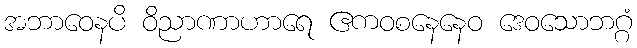
အဘာဝေနပိ ဝိညာဏာဟာရေ ဧကဝစနေနေဝ ဒေဝသောဘဂ္ဂံ